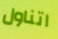
اتناول